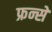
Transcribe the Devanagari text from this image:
फ्रन्से